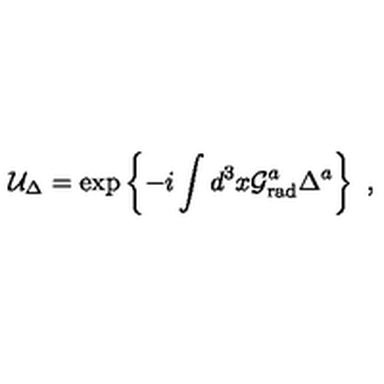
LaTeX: { \cal U } _ { \Delta } = \exp \left\{ - i \int d ^ { 3 } x { \cal G } _ { \mathrm { r a d } } ^ { a } \Delta ^ { a } \right\} \ ,